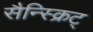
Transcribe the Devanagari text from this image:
सैन्स्क्रिट्